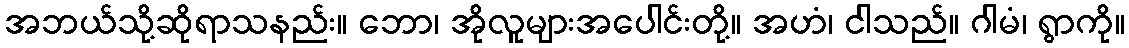
အဘယ်သို့ဆိုရာသနည်း။ ဘော၊ အိုလူများအပေါင်းတို့။ အဟံ၊ ငါသည်။ ဂါမံ၊ ရွာကို။